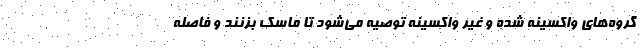
گروه‌های واکسینه شده و غیر واکسینه توصیه می‌شود تا ماسک بزنند و فاصله